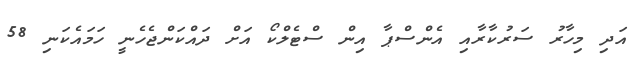
އަދި މިހާރު ސަރުކާރާއި އެންސްޕާ އިން ސްޓެލްކޯ އަށް ދައްކަންޖެހެނީ ހަމައެކަނި 58